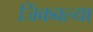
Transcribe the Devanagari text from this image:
जिंकवल्या